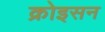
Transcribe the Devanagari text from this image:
क्रोइसन